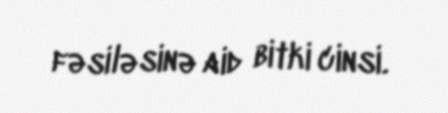
fəsiləsinə aid bitki cinsi.